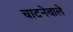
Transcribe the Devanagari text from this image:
चाटनेवाले